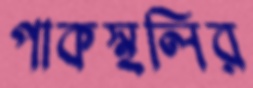
পাকস্থলির